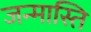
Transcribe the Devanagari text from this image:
जन्मास्ति